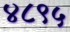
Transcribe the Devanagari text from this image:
४८९५